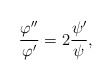
\begin{align*}\frac{\varphi^{\prime\prime}}{\varphi^{\prime}}=2\frac{\psi^{\prime}}{\psi},\end{align*}